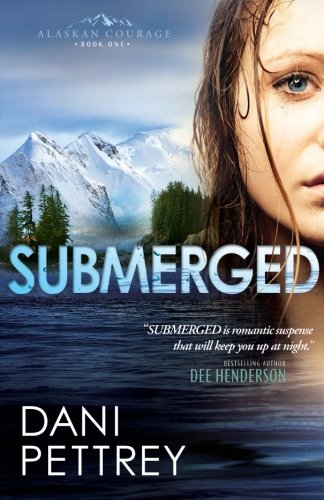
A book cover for Submerged (Alaskan Courage) (Volume 1); Dani Pettrey; Romance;